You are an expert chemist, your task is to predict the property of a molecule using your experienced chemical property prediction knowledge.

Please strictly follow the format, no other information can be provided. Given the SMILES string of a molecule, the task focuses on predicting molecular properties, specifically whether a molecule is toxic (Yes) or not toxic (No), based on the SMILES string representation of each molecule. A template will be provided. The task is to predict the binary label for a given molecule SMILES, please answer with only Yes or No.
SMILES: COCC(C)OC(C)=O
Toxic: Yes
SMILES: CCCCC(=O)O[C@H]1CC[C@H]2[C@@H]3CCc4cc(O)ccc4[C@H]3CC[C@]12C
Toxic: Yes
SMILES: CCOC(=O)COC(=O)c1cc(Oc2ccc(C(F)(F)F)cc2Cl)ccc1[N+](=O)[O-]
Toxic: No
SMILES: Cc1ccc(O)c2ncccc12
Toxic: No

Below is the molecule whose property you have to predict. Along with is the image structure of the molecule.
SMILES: CCOP(OCC)OCC
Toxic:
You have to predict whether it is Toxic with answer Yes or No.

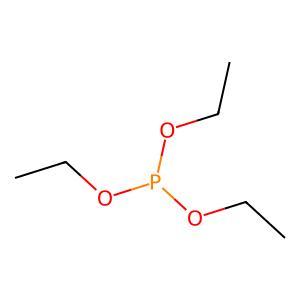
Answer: No